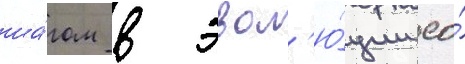
ша́гом в эвол'ю́ции ео́